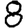
Digit: 8